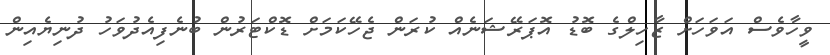
ވީހާވެސް އަވަހަށް ޒާހިލްގެ ބޮޑު އޮޕަރޭޝަނެއް ކުރަން ޖެހޭކަމަށް ޑޮަކްޓަރުން ބުނެފިއެދުވަހު ދުނިޔެއިން